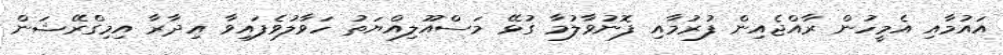
އައުމާއި އެމީހުން ރާއްޖެއިން ފުރުމާއި ފޮނުވާލުމާ ގުޅޭ މަސްއޫލިއްޔަތު ހަވާލުވެފައިވާ އިދާރާ އިމިގްރޭޝަން